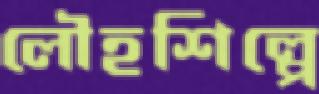
লৌহশিল্পে